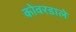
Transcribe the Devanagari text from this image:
कोवरडाले